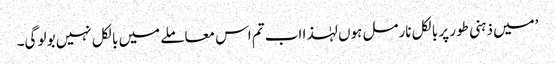
’میں ذہنی طور پر بالکل نارمل ہوں لہٰذا اب تم اس معاملے میں بالکل نہیں بولو گی۔